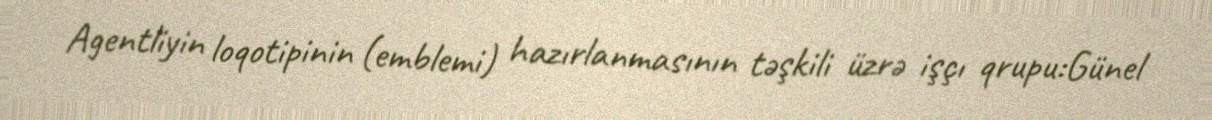
Agentliyin loqotipinin (emblemi) hazırlanmasının təşkili üzrə işçı qrupu:Günel